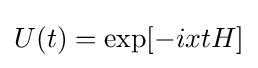
U(t)=\exp[-ixtH]